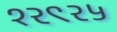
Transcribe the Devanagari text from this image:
१२९२५